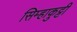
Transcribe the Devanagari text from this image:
सिम्हाकुट्टी